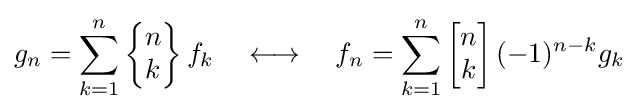
g_{n}=\sum _{k=1}^{n}\left\{{\begin{matrix}n\\k\end{matrix}}\right\}f_{k}\quad \longleftrightarrow \quad f_{n}=\sum _{k=1}^{n}\left[{\begin{matrix}n\\k\end{matrix}}\right](-1)^{n-k}g_{k}